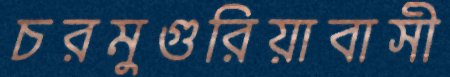
চরমুগুরিয়াবাসী